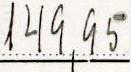
149,95